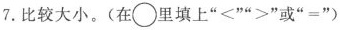
7.比较大小。(在\bigcirc里填上”<””>”或”=”)